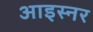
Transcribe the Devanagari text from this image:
आइस्नर